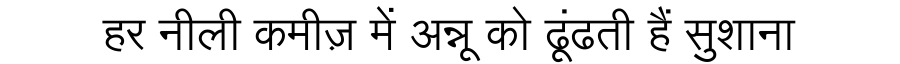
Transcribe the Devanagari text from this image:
हर नीली कमीज़ में अन्नू को ढूंढती हैं सुशाना